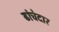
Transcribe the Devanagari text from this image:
ढांचेदार